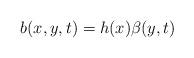
LaTeX: \begin{align*} b(x,y,t)=h(x)\beta(y,t)\end{align*}